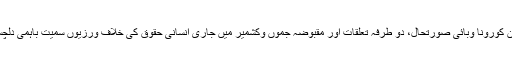
دونوں وزرائے خارجہ کے مابین کورونا وبائی صورتحال، دو طرفہ تعلقات اور مقبوضہ جموں وکشمیر میں جاری انسانی حقوق کی خلاف ورزیوں سمیت باہمی دلچسپی کے امور پر تبادلہ خیال کیا۔